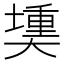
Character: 𪥟